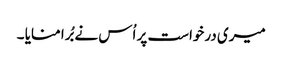
میری درخواست پر اُس نے بُرا منایا ۔